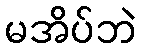
မအိပ်ဘဲ